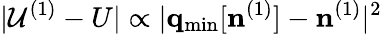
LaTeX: \vert{\cal U}^{(1)}-U\vert\propto\vert{\mathbf q}_{\mathrm{min}}[{\mathbf n}^{(1)}]-{\mathbf n}^{(1)}\vert^{2}